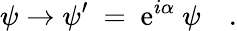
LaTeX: \psi\to\psi^{\prime}~=~\mathrm{e}^{i\alpha}~\psi\quad.